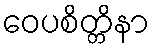
ဝေပစိတ္တိနာ